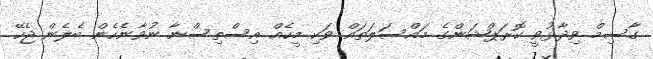
ގާސިމް ވިދާޅުވީ ކޮރަޕްޝަންގެ މައްސަލަތައް ވަކި މީހެއް އިސްތިސްނާ ނުވާނެހެން ބެލެން ޖެހޭ